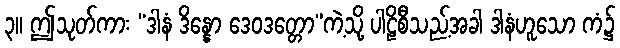
၃။ ဤသုတ်ကား “ဒါနံ ဒိန္နော ဒေဝဒတ္တော”ကဲ့သို့ ပါဠိစီသည့်အခါ ဒါနံဟူသော ကံ၌